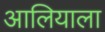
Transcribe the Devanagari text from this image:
आलियाला